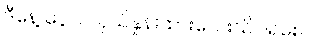
ဒီနေ့ ငွေလဲလှယ်နှုန်းထားလေးသိပါရစေ။